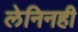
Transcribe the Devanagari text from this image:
लेनिनही